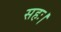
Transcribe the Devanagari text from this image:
सहः।